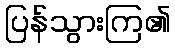
ပြန်သွားကြ၏